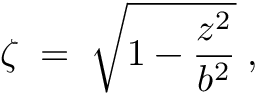
\zeta \; = \; \sqrt { 1 - { \frac { z ^ { 2 } } { b ^ { 2 } } } } \; ,